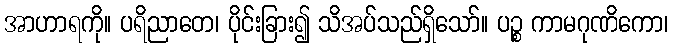
အာဟာရကို။ ပရိညာတေ၊ ပိုင်းခြား၍ သိအပ်သည်ရှိသော်။ ပဉ္စ ကာမဂုဏိကော၊